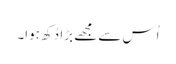
اُس سے مجھے بڑا دُکھ ہوا۔